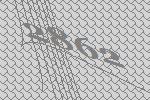
2862